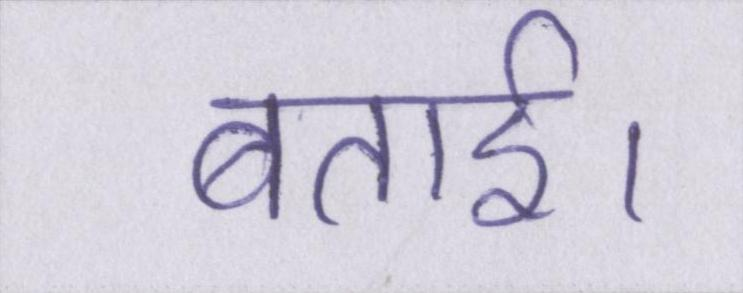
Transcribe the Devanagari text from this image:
बताई।